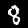
Label: 8